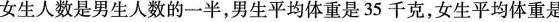
5.女生人数是男生人数的一半，男生平均体重是35千克，女生平均体重是